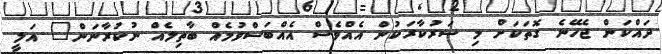
ދައްކަން ޖެހޭނެ ގޮތަކަށް މި ސަރުކާރަކުން އެއްވެސް އެއްބަސްވުމެއް ބާތިލެއްް ނުކުރާނަން" އަލީ